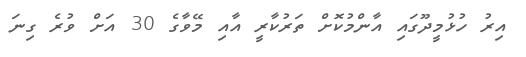
އިރު ހުޅުމީދޫގައި އާންމުކޮށް ތަރުކާރީ އާއި މޭވާގެ 30 އަށް ވުރެ ގިނަ